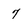
Character: 7